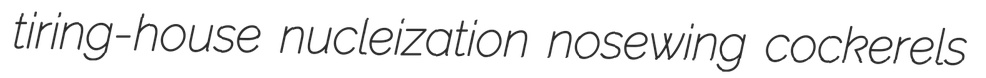
tiring-house nucleization nosewing cockerels